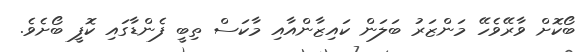
ބޯކޮށް ވާރޭވެހޭ މަންޒަރު ބަލަން ކައިޒާންއާއި މާކަސް ތިބީ ފެންޑާގައި ކޮފީ ބޯށެވެ.